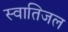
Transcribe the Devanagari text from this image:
स्वातिजल